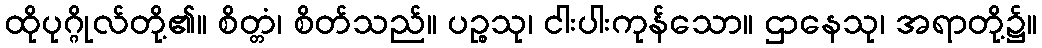
ထိုပုဂ္ဂိုလ်တို့၏။ စိတ္တံ၊ စိတ်သည်။ ပဉ္စသု၊ ငါးပါးကုန်သော။ ဌာနေသု၊ အရာတို့၌။